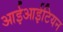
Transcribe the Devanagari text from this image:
आईआईटियन